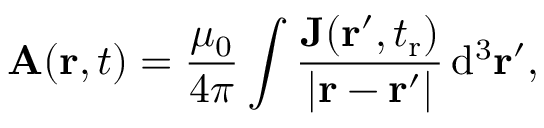
\mathbf A ( \mathbf r , t ) = \frac { \mu _ { 0 } } { 4 \pi } \int \frac { \mathbf J ( \mathbf r ^ { \prime } , t _ { \mathrm r } ) } { | \mathbf r - \mathbf r ^ { \prime } | } \, \mathrm { d } ^ { 3 } \mathbf r ^ { \prime } ,